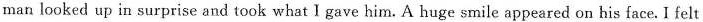
man looked up in surprise and took what I gave him. A huge smile appeared on his face. I felt